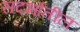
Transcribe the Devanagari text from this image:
सदर्भातील